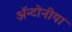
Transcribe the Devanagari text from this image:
ॲन्टोनीया